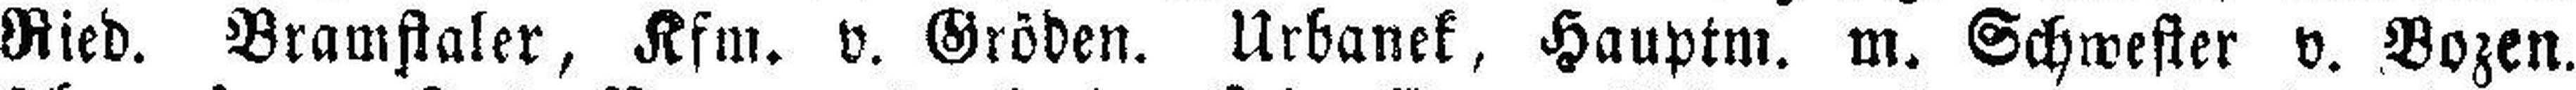
Ried. Bramstaler, Kfm. v. Gröden. Urbanek, Hauptm. m. Schwester v. Bozen.